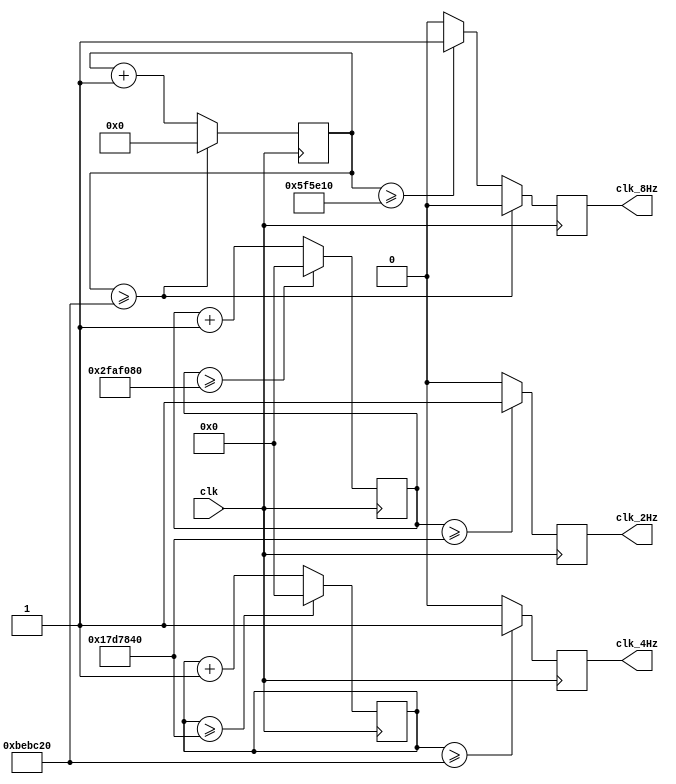
module clock
(
	input				clk,
	output 	reg			clk_4Hz,
	output 	reg			clk_8Hz,
	output	reg			clk_2Hz
);

reg	[25:0]	cnt_2Hz;
reg [25:0]	cnt_4Hz;
reg	[27:0]	cnt_8Hz;

reg	[25:0]	ending_4Hz = 12500000;

initial cnt_4Hz <= 26'b0;
initial cnt_8Hz <= 26'b0;
initial	cnt_2Hz <= 27'b0;

always@(posedge clk)
begin
	cnt_2Hz <= cnt_2Hz + 28'b1;
	if (cnt_2Hz >= 25000000)		
	begin
		clk_2Hz <= 1;
		
	end
	else clk_2Hz <= 0;
	if	(cnt_2Hz >= 50000000)
	begin	
		cnt_2Hz <= 28'b0;
	end
end

always@(posedge clk)
begin
	cnt_4Hz <= cnt_4Hz + 26'b1;
	if (cnt_4Hz >= ending_4Hz)		
	begin
		clk_4Hz <= 1;
		
	end
	else clk_4Hz <= 0;
	if	(cnt_4Hz >= (ending_4Hz * 2) )
	begin	
		cnt_4Hz <= 26'b0;
	end
end

always@(posedge clk)
begin
	cnt_8Hz <= cnt_8Hz + 26'b1;
	if (cnt_8Hz >= 6250000)
	begin
		clk_8Hz <= 1;
	end
	else
		clk_8Hz <= 0;
	if (cnt_8Hz >= 12500000)
	begin
		clk_8Hz <= 0;
		cnt_8Hz <= 26'b0;
	end
end


endmodule